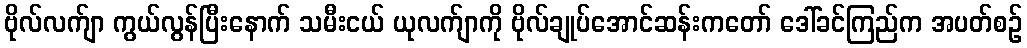
ဗိုလ်လက်ျာ ကွယ်လွန်ပြီးနောက် သမီးငယ် ယုလက်ျာကို ဗိုလ်ချုပ်အောင်ဆန်းကတော် ဒေါ်ခင်ကြည်က အပတ်စဉ်